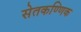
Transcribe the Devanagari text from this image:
सेतकण्णिक